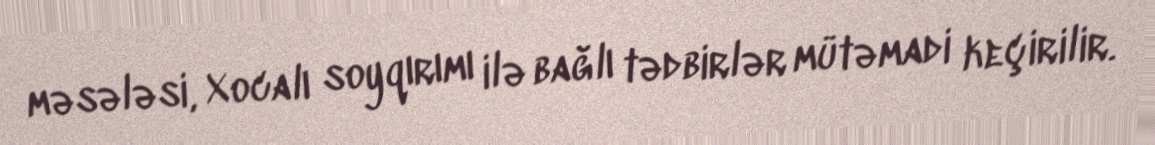
məsələsi, Xocalı soyqırımı ilə bağlı tədbirlər mütəmadi keçirilir.